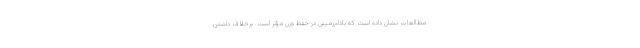
مطالعات نشان داده است که بادام‌زمینی در حفظ وزن مؤثر است. برخلاف داشتن